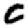
Digit: 0